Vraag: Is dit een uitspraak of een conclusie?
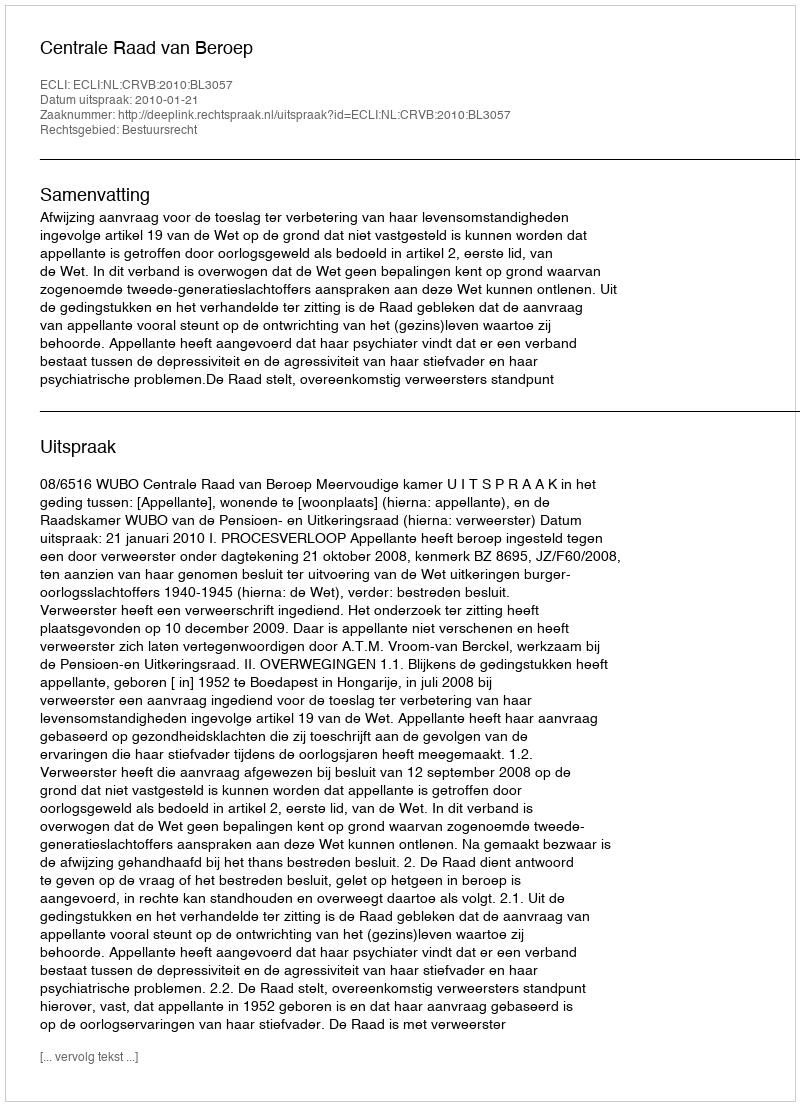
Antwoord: Uitspraak